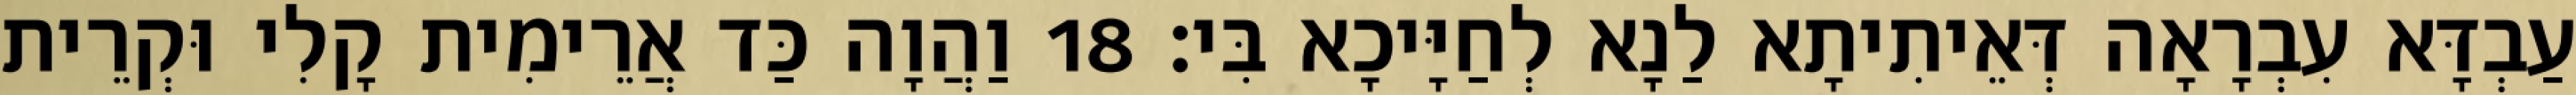
עַבְדָּא עִבְרָאָה דְּאֵיתִיתָא לַנָא לְחַיָּיכָא בִּי׃ 18 וַהֲוָה כַּד אֲרֵימִית קָלִי וּקְרֵית